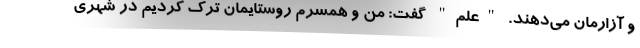
و آزارمان می‌دهند. "علم" گفت: من و همسرم روستایمان ترک کردیم در شهری